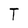
Character: T